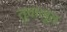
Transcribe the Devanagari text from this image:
तुवालूत